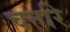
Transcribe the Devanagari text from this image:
चत्तरि